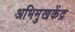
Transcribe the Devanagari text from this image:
अभिमुखकेंद्र